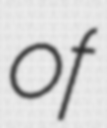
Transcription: of